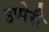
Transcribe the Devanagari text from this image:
उप्पेरी